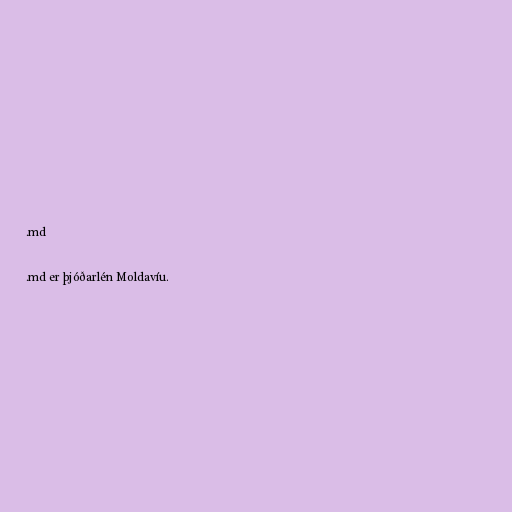
.md

.md er þjóðarlén Moldavíu.